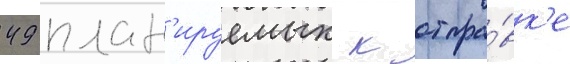
49 план'ируемых к отпра́вк'е